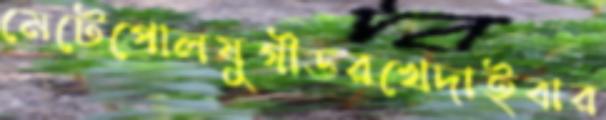
মেটেপোলযুগীডরখেদাইবার